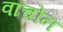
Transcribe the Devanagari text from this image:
वाचोन